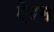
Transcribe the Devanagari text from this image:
ऐरम